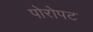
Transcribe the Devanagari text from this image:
पोरोपट